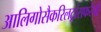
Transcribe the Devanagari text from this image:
आलिगोसैकरिलट्रांसफरेजों